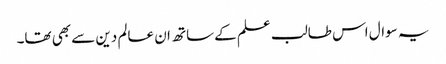
یہ سوال اس طالب علم کے ساتھ ان عالم دین سے بھی تھا۔